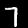
Digit: 7